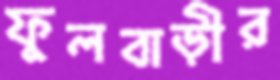
ফুলবাড়ীর